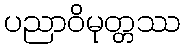
ပညာဝိမုတ္တဿ